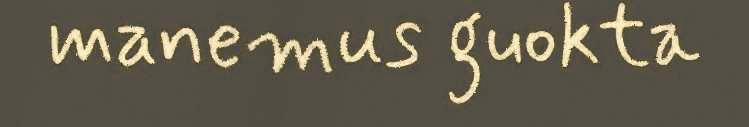
manemus guokta